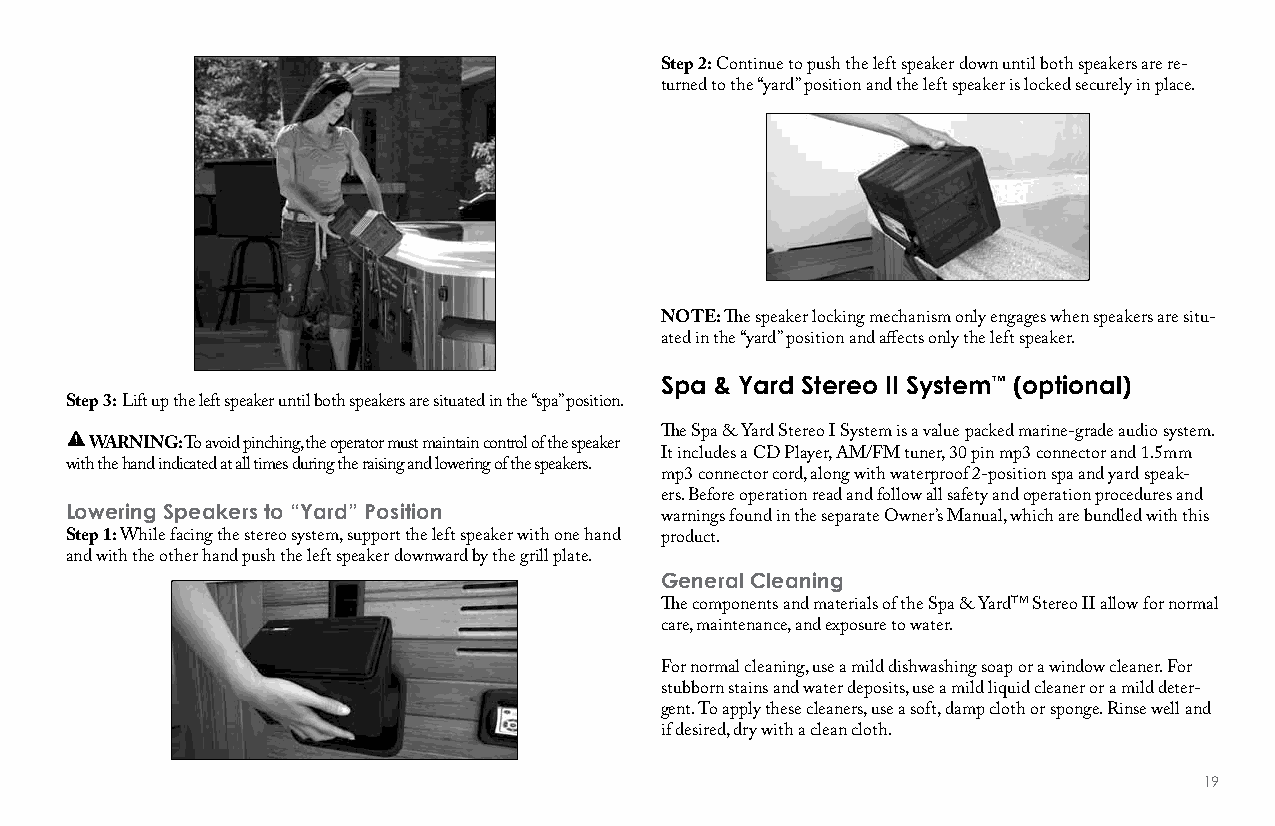
Step 2: Continue to push the left speaker down until both speakers are re-
 turned to the “yard” position and the left speaker is locked securely in place.
 NOTE: The speaker locking mechanism only engages when speakers are situ-
 ated in the “yard” position and affects only the left speaker.
 Spa & Yard Stereo II System™ (optional)
 Step 3: Lift up the left speaker until both speakers are situated in the “spa” position.
 The Spa & Yard Stereo I System is a value packed marine-grade audio system.
 WARNING: To avoid pinching, the operator must maintain control of the speaker
 It includes a CD Player, AM/FM tuner, 30 pin mp3 connector and 1.5mm
 with the hand indicated at all times during the raising and lowering of the speakers.
 mp3 connector cord, along with waterproof 2-position spa and yard speak-
 ers. Before operation read and follow all safety and operation procedures and
 Lowering Speakers to “Yard” Position
 warnings found in the separate Owner’s Manual, which are bundled with this
 Step 1: While facing the stereo system, support the left speaker with one hand product.
 and with the other hand push the left speaker downward by the grill plate.
 General Cleaning
 The components and materials of the Spa & YardTM Stereo II allow for normal
 care, maintenance, and exposure to water.
 For normal cleaning, use a mild dishwashing soap or a window cleaner. For
 stubborn stains and water deposits, use a mild liquid cleaner or a mild deter-
 gent. To apply these cleaners, use a soft, damp cloth or sponge. Rinse well and
 if desired, dry with a clean cloth.
 19